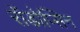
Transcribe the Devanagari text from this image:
रॉडोप्सिन